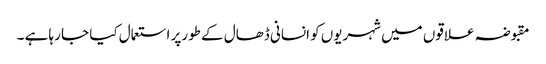
مقبوضہ علاقوں میں شہریوں کو انسانی ڈھال کے طورپر استعمال کیا جا رہا ہے ۔